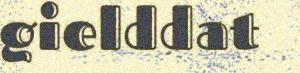
gielddat